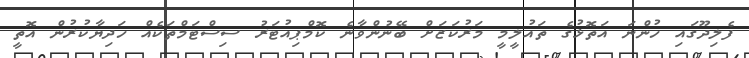
ފެލިދޫގައި ހުންނަ އަތޮޅުގެ ތައުލީމީ މަރުކަޒަށް ބޭނުންވާނެ ކޮމްޕިއުޓަރު ސިސްޓަމްތަކެއް ހަދިޔާކުރުން އޮތީ